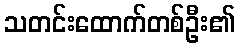
သတင်းထောက်တစ်ဦး၏